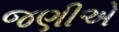
જણીએ